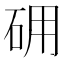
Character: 砽